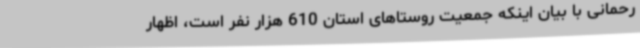
رحمانی با بیان اینکه جمعیت روستاهای استان 610 هزار نفر است، اظهار